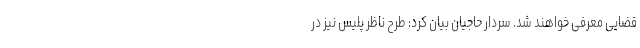
قضایی معرفی خواهند شد. سردار حاجیان بیان کرد: طرح ناظر پلیس نیز در